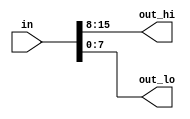
// This program was cloned from: https://github.com/Yvan-xy/verilog-doc
// License: GNU General Public License v2.0

`default_nettype none     // Disable implicit nets. Reduces some types of bugs.
module top_module( 
    input wire [15:0] in,
    output wire [7:0] out_hi,
    output wire [7:0] out_lo );
    assign out_lo = in[7:0];
    
    assign out_hi = in[15:8];
endmodule